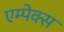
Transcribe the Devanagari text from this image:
एम्पेक्स